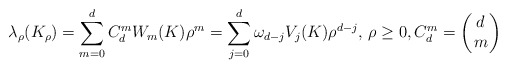
\begin{align*}\lambda_{\rho}(K_{\rho})=\sum_{m=0}^{d} C^m_d W_m(K) \rho^m=\sum_{j=0}^{d} \omega_{d-j} V_j(K) \rho^{d-j}, \, \rho \geq 0, C^m_d=\left( \!\! \begin{array}{c} d \\ m\end{array} \!\! \right)\end{align*}